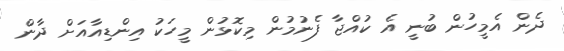
ދެން އެމީހުން ބުނީ އެ ކުއްޖާ ފެނުމުން މިކޮޅުން މީހަކު އިންޑިއާއަށް ދާން